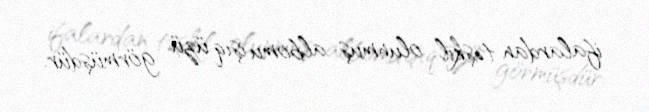
ifalardan təşkil olunmuş albomu işıq üzü görmüşdür.